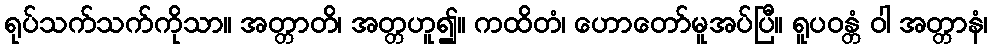
ရုပ်သက်သက်ကိုသာ။ အတ္တာတိ၊ အတ္တဟူ၍။ ကထိတံ၊ ဟောတော်မူအပ်ပြီ။ ရူပဝန္တံ ဝါ အတ္တာနံ၊